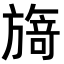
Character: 𭥃